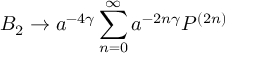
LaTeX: B _ { 2 } \rightarrow a ^ { - 4 \gamma } \sum _ { n = 0 } ^ { \infty } a ^ { - 2 n \gamma } P ^ { ( 2 n ) }